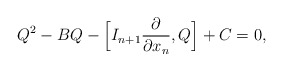
\begin{align*} Q^2 - BQ - \Bigl[I_{n+1}\frac{\partial }{\partial x_n},Q\Bigr] + C = 0, \end{align*}